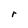
Character: r